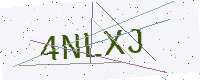
Text: 4NLXJ